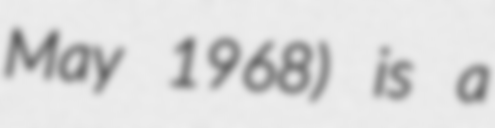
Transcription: May 1968) is a